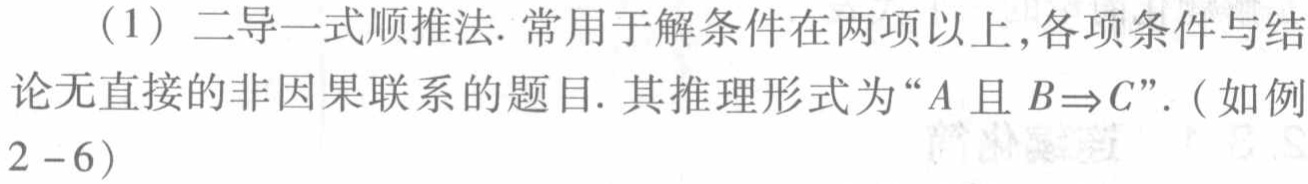
（1）二导一式顺推法. 常用于解条件在两项以上,各项条件与结论无直接的非因果联系的题目. 其推理形式为“\(A\)且 \(B\Rightarrow C\)”.（如例2 - 6）